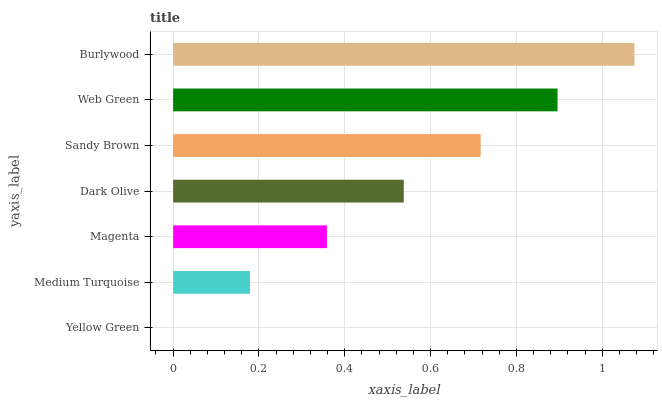
| yaxis_label | bars |
 | --- | --- |
 | Yellow Green | 0 |
 | Medium Turquoise | 0.179 |
 | Magenta | 0.358 |
 | Dark Olive | 0.538 |
 | Sandy Brown | 0.717 |
 | Web Green | 0.896 |
 | Burlywood | 1.08 |